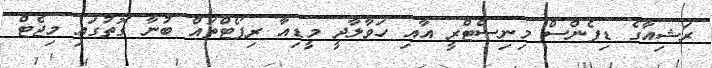
ރަޝިއާގެ ޑިފެންސް މިނިސްޓްރީ އާއި ހަވާލާދީ މީޑިއާ ރިޕޯޓްތައް ބުނާ ގޮތުގައި މިޖެޓް